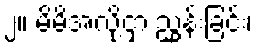
၂။ မိမိအလို့ငှာ ညွှန်းခြင်း၊